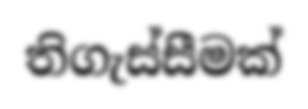
තිගැස්සීමක්